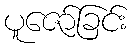
ပူဇော်ခြင်း